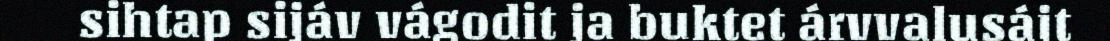
sihtap sijáv vágodit ja buktet árvvalusájt